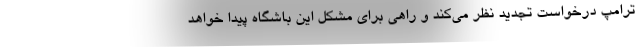
ترامپ درخواست تجدید نظر می‌کند و راهی برای مشکل این باشگاه پیدا خواهد